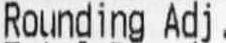
ROUNDING ADJ.